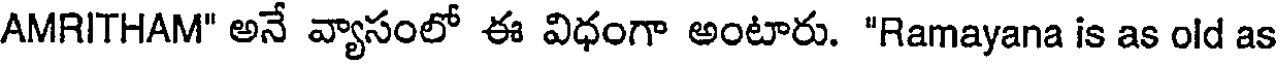
AMRITHAM" అనే వ్యాసంలో ఈ విధంగా అంటారు. "Ramayana is as old as